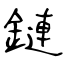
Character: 鏈